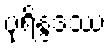
ပုရိန္ဒဒဿ